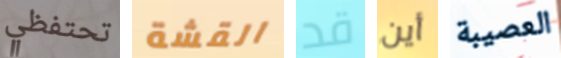
تحتفظي القشة قد أين العصيبة